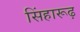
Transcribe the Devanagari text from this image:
सिंहारूढ़